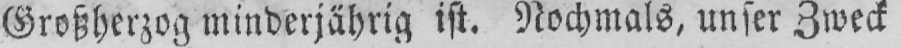
Großherzog minderjährig ist. Nochmals, unser Zweck